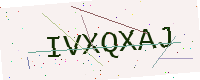
Text: IVXQXAJ